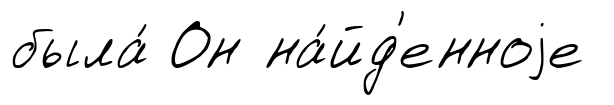
была́ Он на́йд'енноjе